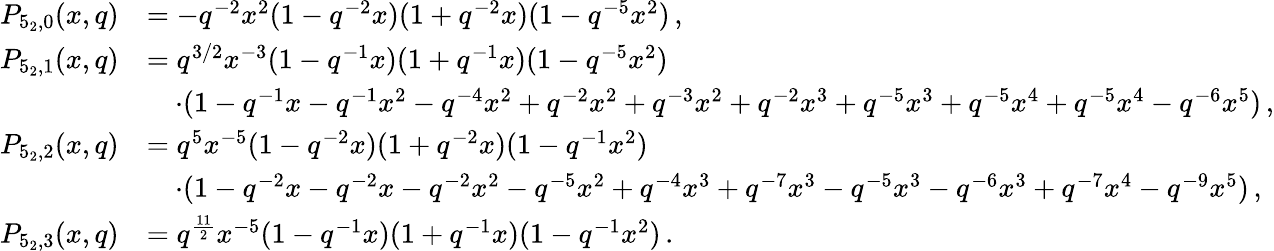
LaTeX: \begin{array}{rl}{P_{5_{2},0}(x,q)}&{=-q^{-2}x^{2}(1-q^{-2}x)(1+q^{-2}x)(1-q^{-5}x^{2})\, ,}\\ {P_{5_{2},1}(x,q)}&{=q^{3/2}x^{-3}(1-q^{-1}x)(1+q^{-1}x)(1-q^{-5}x^{2})}\\ &{\quad\cdot(1-q^{-1}x-q^{-1}x^{2}-q^{-4}x^{2}+q^{-2}x^{2}+q^{-3}x^{2}+q^{-2}x^{3}+q^{-5}x^{3}+q^{-5}x^{4}+q^{-5}x^{4}-q^{-6}x^{5})\, ,}\\ {P_{5_{2},2}(x,q)}&{=q^{5}x^{-5}(1-q^{-2}x)(1+q^{-2}x)(1-q^{-1}x^{2})}\\ &{\quad\cdot(1-q^{-2}x-q^{-2}x-q^{-2}x^{2}-q^{-5}x^{2}+q^{-4}x^{3}+q^{-7}x^{3}-q^{-5}x^{3}-q^{-6}x^{3}+q^{-7}x^{4}-q^{-9}x^{5})\, ,}\\ {P_{5_{2},3}(x,q)}&{=q^{\frac{11}{2}}x^{-5}(1-q^{-1}x)(1+q^{-1}x)(1-q^{-1}x^{2})\, .}\end{array}